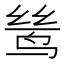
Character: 鸶